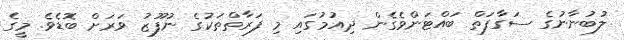
ލުބުނާނުގެ ސަގާފަތް ބައްޓަންވެގެން ދިއުމުގައި މި ފަރާތްތަކުގެ ނުފޫޒު ވަރަށް ބޮޑެވެ. މީގެ